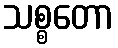
သစ္စတော